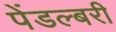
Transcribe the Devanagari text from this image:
पेंडल्बरी